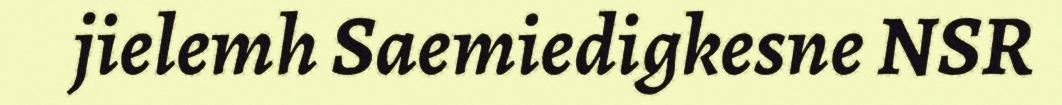
jielemh Saemiedigkesne NSR